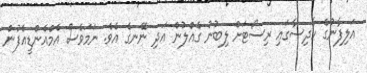
އަލިފާނުގެ ހާދިސާގައި ރިސޯޓަށް ލިބުނު ގެއްލުން އަދި ނޭނގެ އެވެ. ނަމަވެސް އެމްއެންޑީއެފުން